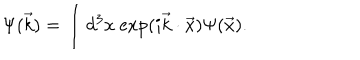
\Psi ( \vec { k } ) = \int d ^ { 3 } x \ \mathrm { e x p } ( i \vec { k } \cdot \vec { x } ) \Psi ( \vec { x } ) .